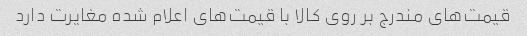
قیمت‌های مندرج بر روی کالا با قیمت‌های اعلام شده مغایرت دارد